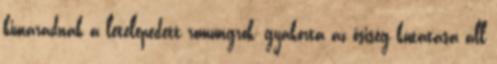
kimaradnak a letelepedett romungrok; gyakorta az ősiség kutatása áll